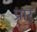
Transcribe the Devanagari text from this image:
प्रार